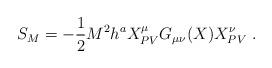
LaTeX: \begin{align*}S_M=-\frac{1}{2}M^2h^aX^\mu _{PV}G_{\mu \nu}(X)X^\nu _{PV}\ .\end{align*}